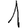
Digit: 1